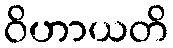
ဝိဟာယတိ